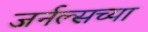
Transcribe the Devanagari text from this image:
जर्नल्सच्या